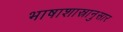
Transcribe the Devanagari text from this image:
भाषाशास्रानुसार